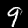
Digit: 9